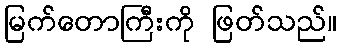
မြက်တောကြီးကို ဖြတ်သည်။